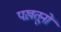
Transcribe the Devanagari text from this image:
पख़तूनों